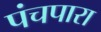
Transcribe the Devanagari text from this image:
पंचपारा